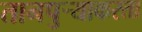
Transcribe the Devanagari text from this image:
तानपुऱ्याकरता